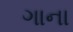
ગાના